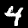
Digit: 4